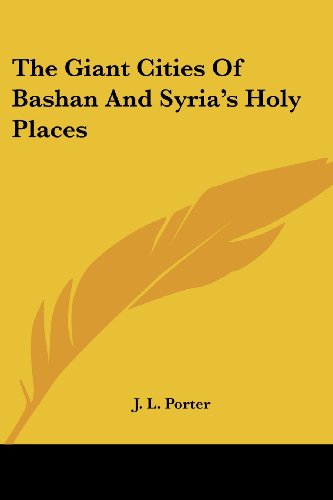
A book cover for The Giant Cities of Bashan and Syria's Holy Places; J. L. Porter; Travel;